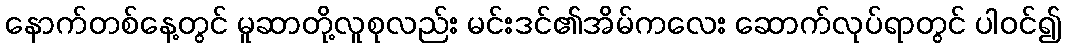
နောက်တစ်နေ့တွင် မူဆာတို့လူစုလည်း မင်းဒင်၏အိမ်ကလေး ဆောက်လုပ်ရာတွင် ပါဝင်၍